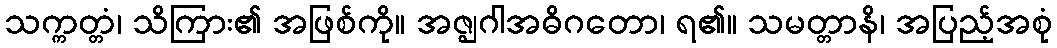
သက္ကတ္တံ၊ သိကြား၏ အဖြစ်ကို။ အဇ္ဈဂါအဓိဂတော၊ ရ၏။ သမတ္တာနိ၊ အပြည့်အစုံ